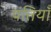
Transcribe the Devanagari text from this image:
पंत्तियाँ